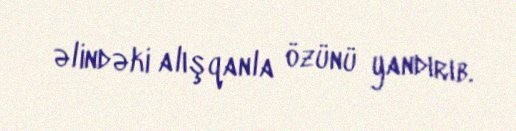
əlindəki alışqanla özünü yandırıb.